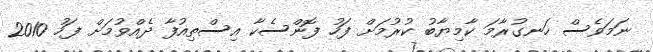
ނަމަވެސް ހަނގުރާމަ ކާމިޔާބު ކުރުމަށް ފަހު ފޮންސެކާ އިސްތިއުފާ ދެއްވުމަށް ފަހު 2010